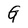
Character: G